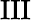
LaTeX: \operatorname{III}